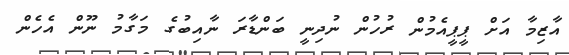
އާޒިމާ އަށް ޕީޕީއެމުން ރުހުން ނުދިނީ ބަންޑާރަ ނާއިބުގެ މަގާމު ނޫން އެހެން